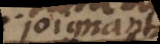
joignant